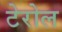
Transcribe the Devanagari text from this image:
टेरोल